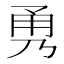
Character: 𭺹